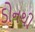
ડોનથી